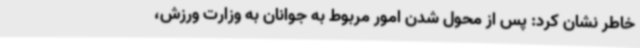
خاطر نشان کرد: پس از محول شدن امور مربوط به جوانان به وزارت ورزش،